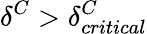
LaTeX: \delta^{C}>\delta_{critical}^{C}